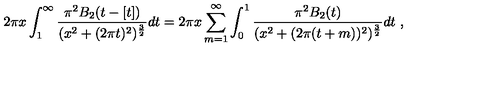
2 \pi x \int _ { 1 } ^ { \infty } { \frac { \pi ^ { 2 } B _ { 2 } ( t - [ t ] ) } { ( x ^ { 2 } + ( 2 \pi t ) ^ { 2 } ) ^ { { \frac { 3 } { 2 } } } } } d t = 2 \pi x \sum _ { m = 1 } ^ { \infty } \int _ { 0 } ^ { 1 } { \frac { \pi ^ { 2 } B _ { 2 } ( t ) } { ( x ^ { 2 } + ( 2 \pi ( t + m ) ) ^ { 2 } ) ^ { { \frac { 3 } { 2 } } } } } d t \ ,